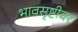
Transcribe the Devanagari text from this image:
भावसृष्टीवर